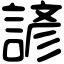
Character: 諺